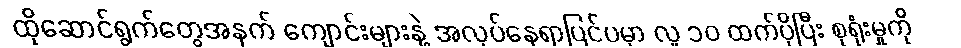
ထိုဆောင်ရွက်တွေအနက် ကျောင်းများနဲ့ အလုပ်နေရာပြင်ပမှာ လူ ၁၀ ထက်ပိုပြီး စုရုံးမှုကို